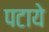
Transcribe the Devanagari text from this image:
पटाये